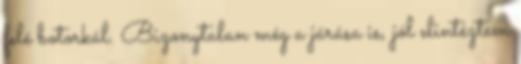
felé botorkál. Bizonytalan még a járása is, jól elintéztem